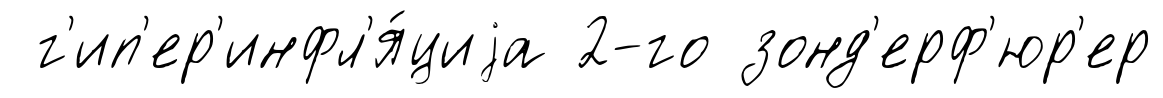
г'ип'ер'инфл'я́циjа 2-го зонд'ерф'юр'ер